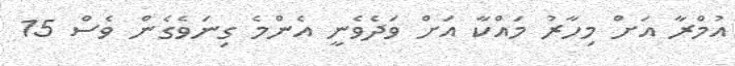
އުމްރާ އަށް މިހާރު މައްކާ އަށް ވަދެވެނީ އެންމެ ގިނަވެގެން ވެސް 15